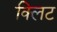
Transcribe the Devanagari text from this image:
क्लिट